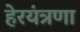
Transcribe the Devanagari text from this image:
हेरयंत्रणा